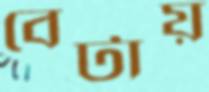
বেটায়